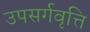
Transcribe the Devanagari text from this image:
उपसर्गवृत्ति